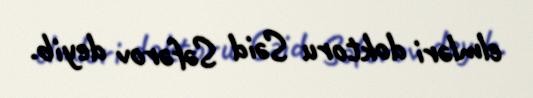
elmləri doktoru Səid Səfərov deyib.